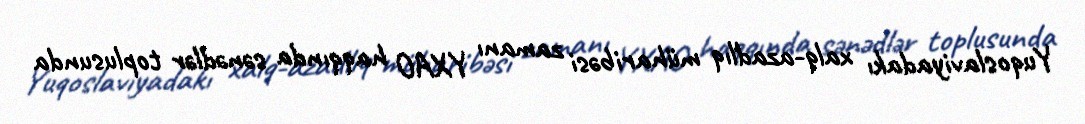
Yuqoslaviyadakı xalq-azadlıq müharibəsi zamanı YXAO haqqında sənədlər toplusunda